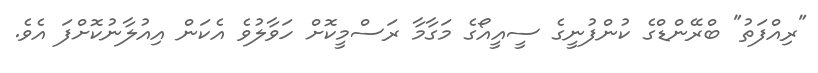
"ރިއްފަތު" ބްރޭންޑްގެ ކުންފުނީގެ ސީއީއޯގެ މަގާމާ ރަސްމީކޮށް ހަވާލުވެ އެކަން އިއުލާނުކޮށްފަ އެވެ.